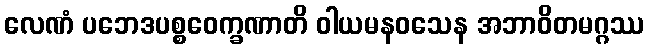
လေဏံ ပဘေဒပစ္စဝေက္ခဏာတိ ဝါယမနဝသေန အဘာဝိတမဂ္ဂဿ